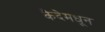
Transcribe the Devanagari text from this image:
कैदेमधून